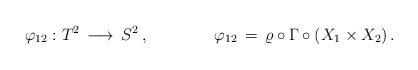
\begin{align*}\varphi_{12}:T^2\,\longrightarrow\,S^2\,,\qquad\qquad\varphi_{12} \,=\,\varrho\circ\Gamma\circ(X_1\times X_2)\,.\end{align*}